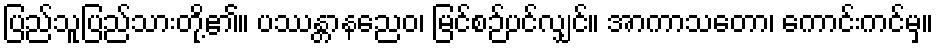
ပြည်သူပြည်သားတို့၏။ ပဿန္တာနညေဝ၊ မြင်စဉ်ပင်လျှင်။ အာကာသတော၊ ကောင်းကင်မှ။